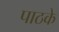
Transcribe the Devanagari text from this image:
पाठके